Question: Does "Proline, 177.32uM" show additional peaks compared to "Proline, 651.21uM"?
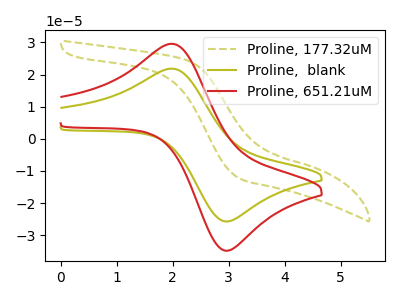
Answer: <think>The olive dashed curve "Proline, 177.32uM" has no peaks. The olive curve "Proline,  blank" has an anodic peak at (2.00V, 21.85uA) and a cathodic peak at (2.95V, -25.75uA). The red curve "Proline, 651.21uM" has an anodic peak at (2.00V, 29.55uA) and a cathodic peak at (2.95V, -34.80uA).
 "Proline, 177.32uM" and "Proline, 651.21uM" have a different number of peaks.</think>
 <answer>Yes, "Proline, 177.32uM" and "Proline, 651.21uM" are different in shape.</answer>
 <eval>yes_change</eval>